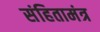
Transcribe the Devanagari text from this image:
संहितामंत्र